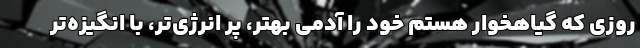
روزی که گیاهخوار هستم خود را آدمی بهتر، پر انرژی‌تر، با انگیزه‌تر